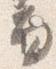
面